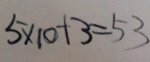
5 \times 1 0 + 3 = 5 3